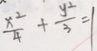
\frac { x ^ { 2 } } { 4 } + \frac { y ^ { 2 } } { 3 } = 1